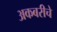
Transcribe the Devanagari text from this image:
अकबरीचे